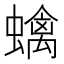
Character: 蠄